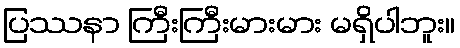
ပြဿနာ ကြီးကြီးမားမား မရှိပါဘူး။